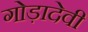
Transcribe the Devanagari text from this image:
गोड़ादेवी